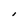
Character: I